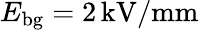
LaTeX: E_{\mathrm{{bg}}}=2\, \mathrm{kV/mm}